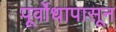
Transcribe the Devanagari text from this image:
पूर्वोधापासून